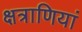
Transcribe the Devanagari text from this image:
क्षत्राणियां